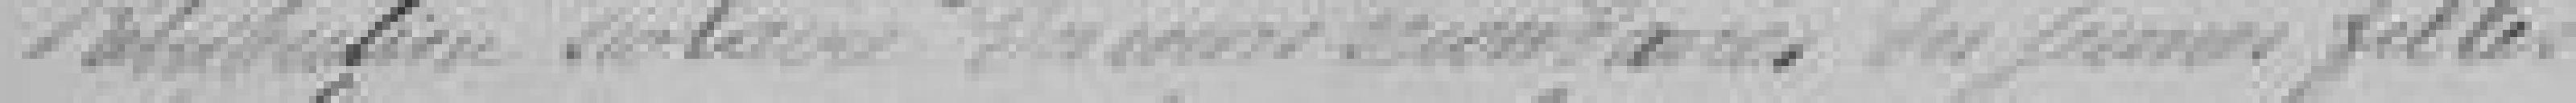
Rétribution scolaire             des jeunes filles